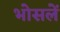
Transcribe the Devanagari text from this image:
भोसलें